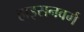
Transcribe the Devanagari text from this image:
हाइसनवर्ग